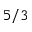
5 / 3